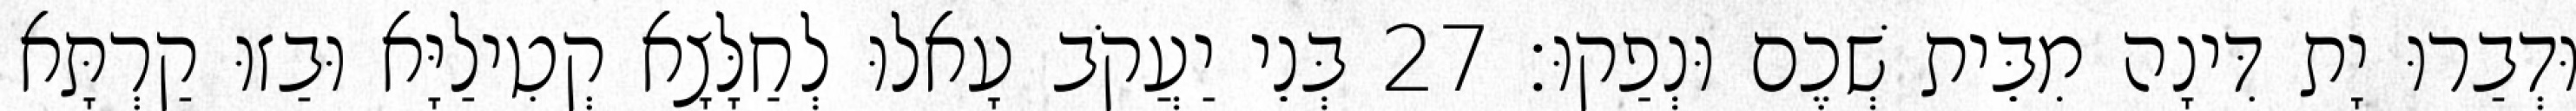
וּדְבַרוּ יָת דִּינָה מִבֵּית שְׁכֶם וּנְפַקוּ׃ 27 בְּנֵי יַעֲקֹב עָאלוּ לְחַלָּצָא קְטִילַיָּא וּבַזוּ קַרְתָּא